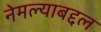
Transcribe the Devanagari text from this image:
नेमल्याबद्दल